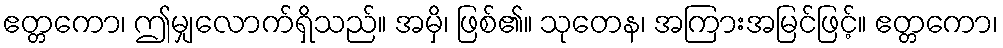
ဧတ္တကော၊ ဤမျှလောက်ရှိသည်။ အမှိ၊ ဖြစ်၏။ သုတေန၊ အကြားအမြင်ဖြင့်။ ဧတ္တကော၊